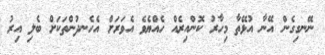
ނޭނގިގެން އޭނާ އުޅޭތާ މިހާރު ކޮންއިރެއް ހެއްޔެވެ އެވަރަށް އެހެނދުންތަކަށް ބެލި އިރު